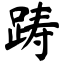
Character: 踌